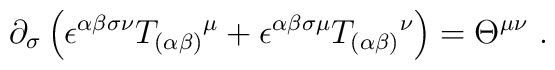
\partial _{\sigma }\left( \epsilon ^{\alpha \beta \sigma \nu }T_{(\alpha\beta )}{}^{\mu }+\epsilon ^{\alpha \beta \sigma \mu }T_{(\alpha \beta)}{}^{\nu }\right) =\Theta ^{\mu \nu }\ .